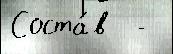
Соста́в  -